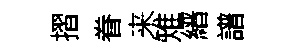
摺眷来雉縉譜